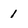
Character: 1